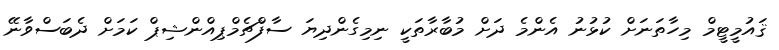
ޤައުމީޓީމް މިހާތަނަށް ކުޅުނު އެންމެ ދަށް މުބާރާތަކީ ނިމިގެންދިޔަ ސާފްޗެމްޕިއްންޝިޕް ކަމަށް ދެބަސްވާނޭ